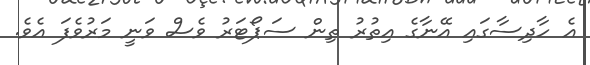
އެ ހާދިސާގައި އޭނާގެ އިތުރު ތިން ސަޕޯޓަރު ވެސް ވަނީ މަރުވެފަ އެވެ.